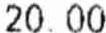
20.00